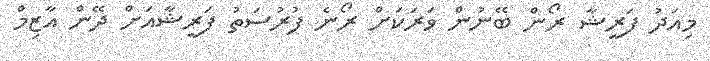
މިއަދު ފަރީޝާ ރޯން ބޭނުން ވަރަކަށް ރޯނެ ފުރުސަތު ފަރީޝާއަށް ދޭން އާޒިމް